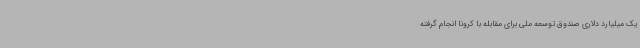
یک میلیارد دلاری صندوق توسعه ملی برای مقابله با کرونا انجام گرفته